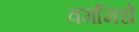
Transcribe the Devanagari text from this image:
वर्गामधे